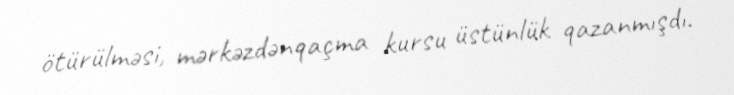
ötürülməsi, mərkəzdənqaçma kursu üstünlük qazanmışdı.